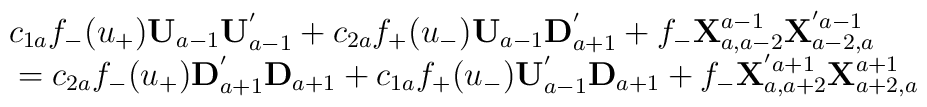
\begin{array}{l}c_{1a}f_{-}(u_{+}){\bf U}_{a-1}{\bf U}_{a-1}^{'}+c_{2a}f_{+}(u_{-}){\bf U}_{a-1}{\bf D}_{a+1}^{'}+f_{-}{\bf X}^{a-1}_{a,a-2}{\bf X}^{'a-1}_{a-2,a}\\\mbox{}=c_{2a}f_{-}(u_{+}){\bf D}_{a+1}^{'}{\bf D}_{a+1}+c_{1a}f_{+}(u_{-}){\bf U}_{a-1}^{'}{\bf D}_{a+1}+f_{-}{\bf X}^{'a+1}_{a,a+2}{\bf X}^{a+1}_{a+2,a}\end{array}